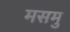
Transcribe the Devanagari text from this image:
मसमु